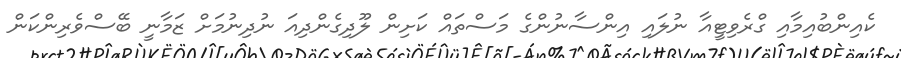
ކެއިންބުއިމާއި ގްރެވިޓީއާ ނުލައި އިންސާނުންގެ މަސްތައް ކަށިން ލޫދިގެންދިއަ ނުދިނުމަށް ޒަމާނީ ބޭސްވެރިންކަން